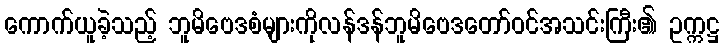
ကောက်ယူခဲ့သည့် ဘူမိဗေဒစံများကိုလန်ဒန်ဘူမိဗေဒတော်ဝင်အသင်းကြီး၏ ဥက္ကဋ္ဌ